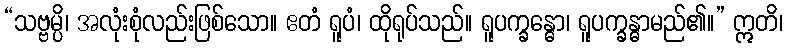
“သဗ္ဗမ္ပိ၊ အလုံးစုံလည်းဖြစ်သော။ ဧတံ ရူပံ၊ ထိုရုပ်သည်။ ရူပက္ခန္ဓော၊ ရူပက္ခန္ဓာမည်၏။” ဣတိ၊